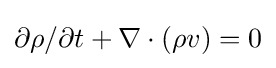
\partial \rho /\partial t+\nabla \cdot (\rho v)=0